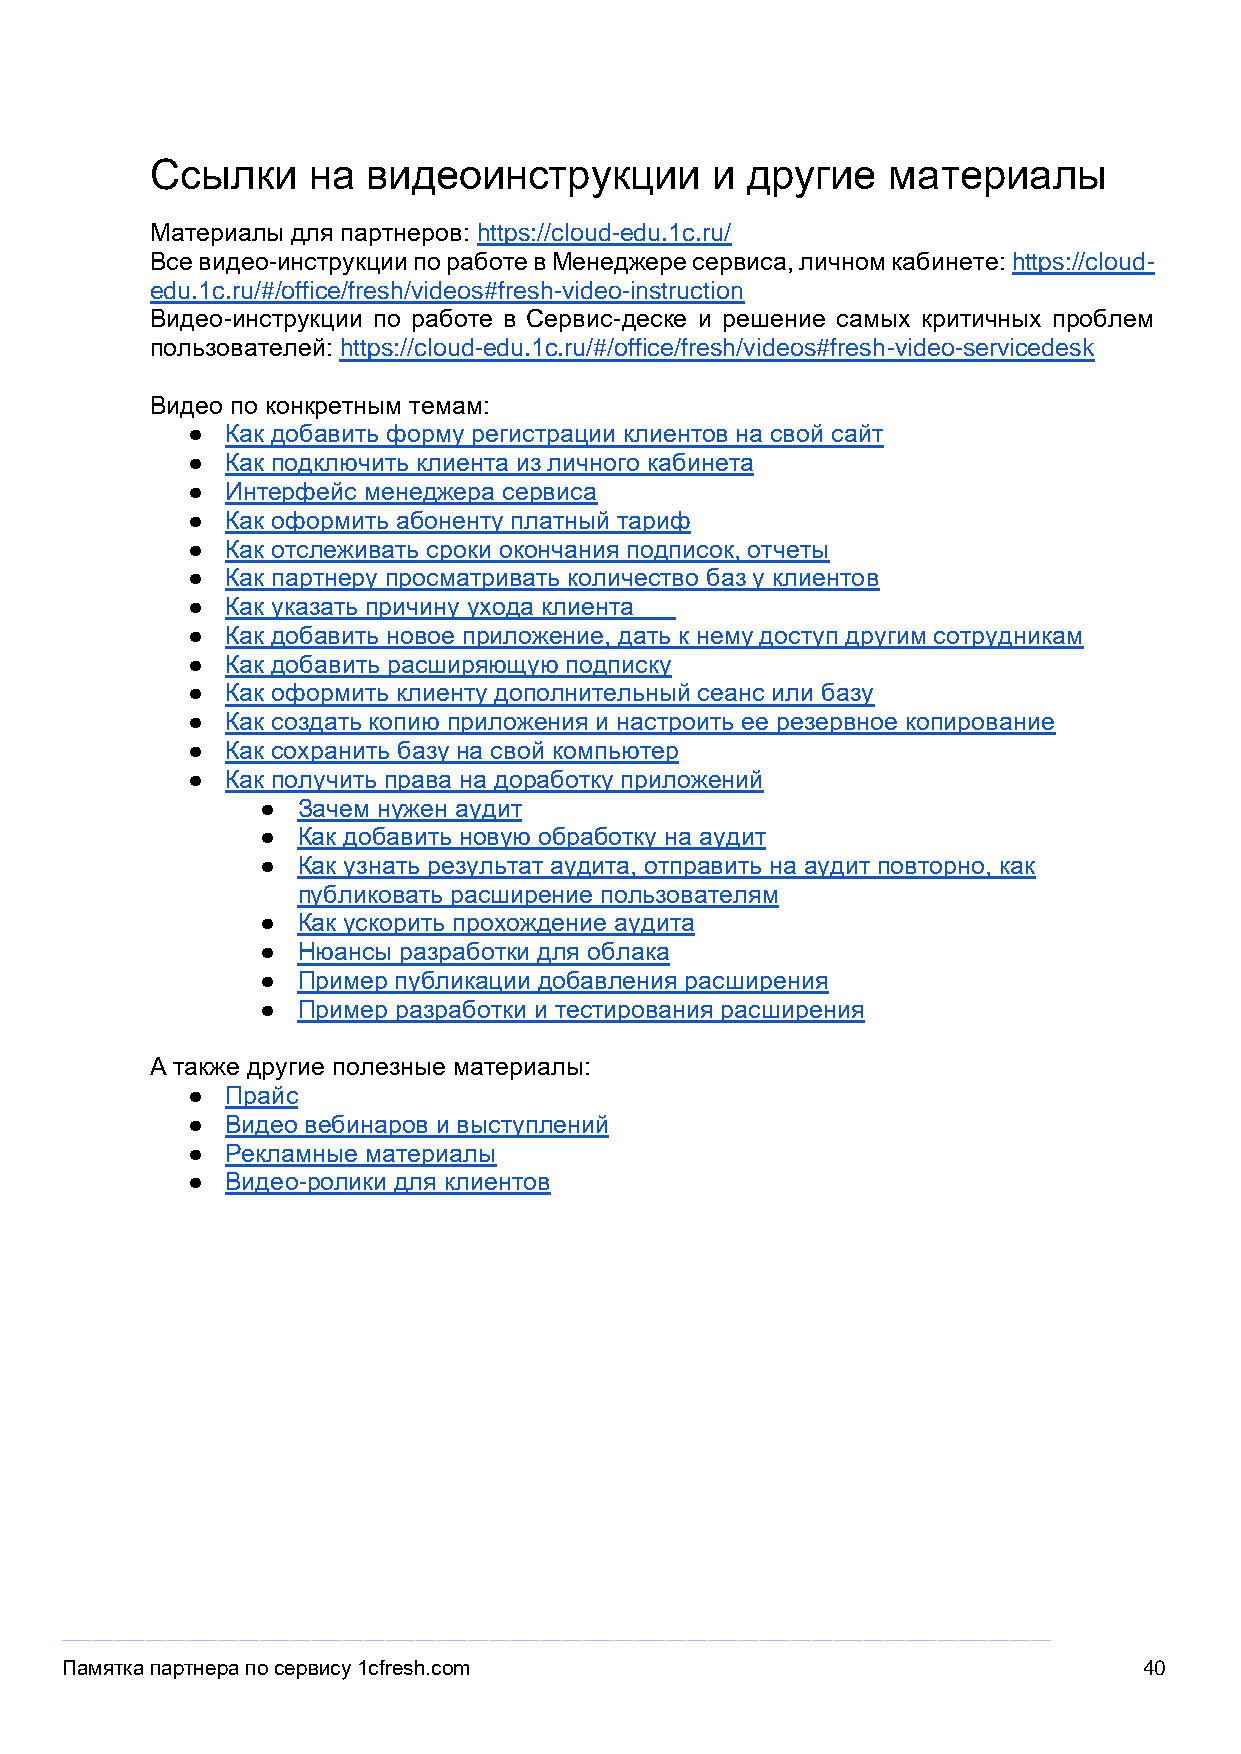
Ссылки    на  видеоинструкции        и другие    материалы
 Материалы для партнеров: https://cloud-edu.1c.ru/
 Все видео-инструкции по работе в Менеджере сервиса, личном кабинете: https://cloud-
 edu.1c.ru/#/office/fresh/videos#fresh-video-instruction
 Видео-инструкции по работе в Сервис-деске и решение самых критичных проблем
 пользователей: https://cloud-edu.1c.ru/#/office/fresh/videos#fresh-video-servicedesk
 Видео по конкретным темам:
 ●  Как добавить форму регистрации клиентов на свой сайт
 ●  Как подключить клиента из личного кабинета
 ●  Интерфейс менеджера сервиса
 ●  Как оформить абоненту платный тариф
 ●  Как отслеживать сроки окончания подписок, отчеты
 ●  Как партнеру просматривать количество баз у клиентов
 ●  Как указать причину ухода клиента
 ●  Как добавить новое приложение, дать к нему доступ другим сотрудникам
 ●  Как добавить расширяющую подписку
 ●  Как оформить клиенту дополнительный сеанс или базу
 ●  Как создать копию приложения и настроить ее резервное копирование
 ●  Как сохранить базу на свой компьютер
 ●  Как получить права на доработку приложений
 ●  Зачем нужен аудит
 ●  Как добавить новую обработку на аудит
 ●  Как узнать результат аудита, отправить на аудит повторно, как
 публиковать расширение пользователям
 ●  Как ускорить прохождение аудита
 ●  Нюансы разработки для облака
 ●  Пример публикации добавления расширения
 ●  Пример разработки и тестирования расширения
 А также другие полезные материалы:
 ●  Прайс
 ●  Видео вебинаров и выступлений
 ●  Рекламные материалы
 ●  Видео-ролики для клиентов
 _______________________________________________________________________________________________
 Памятка партнера по сервису 1cfresh.com                                 40